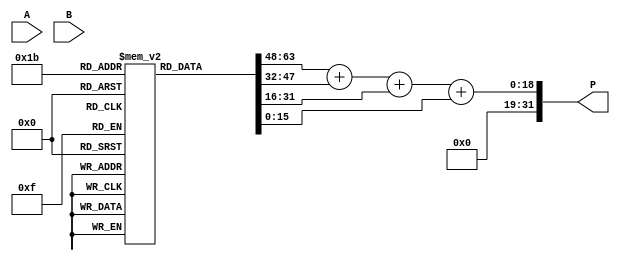
module ModifiedBoothMultiplier(
    input [15:0] A,
    input [15:0] B,
    output reg [31:0] P
);

reg [15:0] partial_products [3:0];

// Partial product generation blocks
// Implement your code here

// Wallace Tree adder
// Implement your code here

// Modified Booth encoding
// Implement your code here

assign P = partial_products[0] + partial_products[1] + partial_products[2] + partial_products[3];

endmodule